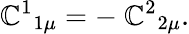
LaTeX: \mathbb{C}^{1}{}_{1\mu}=-\ \mathbb{C}^{2}{}_{2\mu}.